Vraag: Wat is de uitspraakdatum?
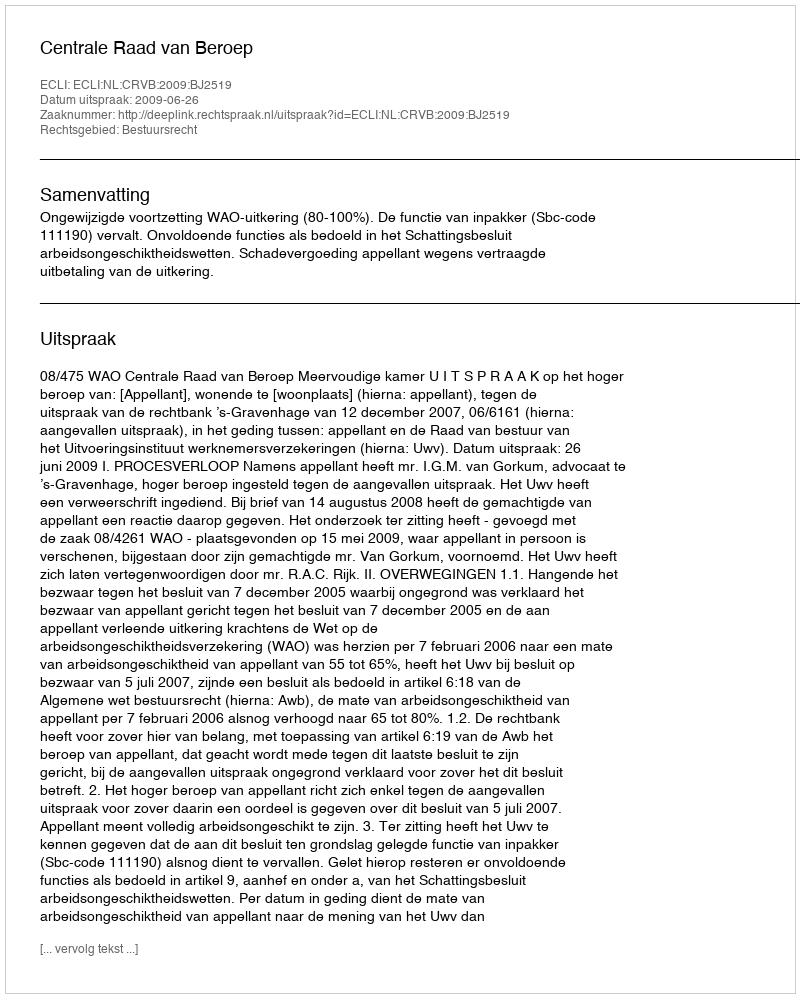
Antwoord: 2009-06-26